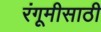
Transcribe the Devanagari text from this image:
रंगूमीसाठी